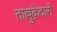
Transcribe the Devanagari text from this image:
ताल्लुक़ेदारों